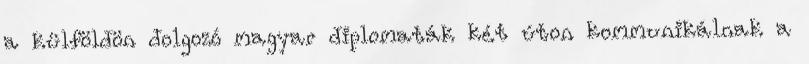
a külföldön dolgozó magyar diplomaták két úton kommunikálnak a